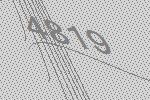
4819